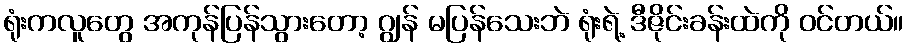
ရုံးကလူတွေ အကုန်ပြန်သွားတော့ ဂျွန် မပြန်သေးဘဲ ရုံးရဲ့ ဒီဇိုင်းခန်းထဲကို ဝင်တယ်။